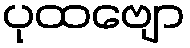
ပုထဗျော